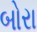
બોરા